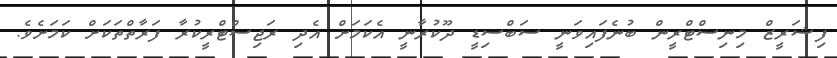
ފިޝަރީޒް މިނިސްޓްރީން ބުނެފައިވަނީ ސަބްސިޑީ ދޫކުރާނީ އެކަމަށް އެދި ރަޖިސްޓްރީކުރާ ފަރާތްތަކަށް ކަމަށެވެ.